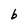
Character: b